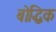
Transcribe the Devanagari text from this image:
बोद्धिक